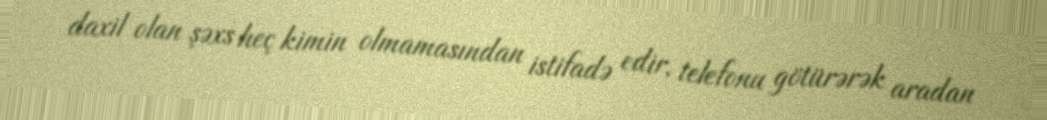
daxil olan şəxs heç kimin olmamasından istifadə edir, telefonu götürərək aradan